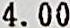
4.00